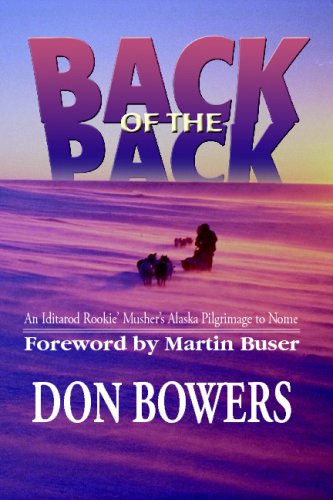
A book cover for Back of the Pack: An Iditarod Rookie Musher's Alaska Pilgrimage to Nome; Don Bowers; Sports & Outdoors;